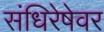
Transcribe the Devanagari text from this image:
संधिरेषेवर